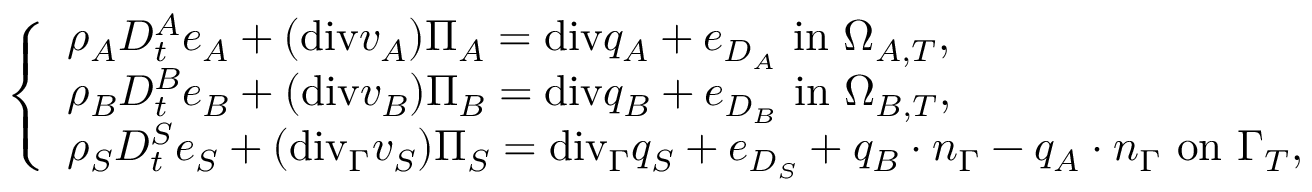
\left\{ \begin{array} { l l } { \rho _ { A } D _ { t } ^ { A } e _ { A } + ( \mathrm { { d i v } } v _ { A } ) \Pi _ { A } = { \mathrm { d i v } } q _ { A } + e _ { D _ { A } } \mathrm { ~ i n ~ } \Omega _ { A , T } , } \\ { \rho _ { B } D _ { t } ^ { B } e _ { B } + ( \mathrm { { d i v } } v _ { B } ) \Pi _ { B } = { \mathrm { d i v } } q _ { B } + e _ { D _ { B } } \mathrm { ~ i n ~ } \Omega _ { B , T } , } \\ { \rho _ { S } D _ { t } ^ { S } e _ { S } + ( \mathrm { { d i v } } _ { \Gamma } v _ { S } ) \Pi _ { S } = { \mathrm { d i v } } _ { \Gamma } q _ { S } + e _ { D _ { S } } + q _ { B } \cdot n _ { \Gamma } - q _ { A } \cdot n _ { \Gamma } \mathrm { ~ o n ~ } \Gamma _ { T } , } \end{array} \right.